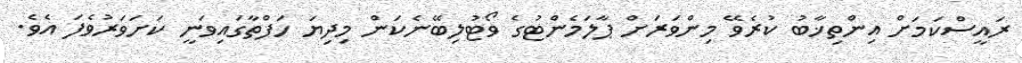
ރައީސްކަމަށް އިންތިޚާބު ކުރެވޭ މިންވަރަށް ޕާލަމެންޓުގެ ވޯޓުލިބޭނެކަން މިދިޔަ ހަފްތާގައިވަނީ ކަށަވަރުވެފަ އެވެ.